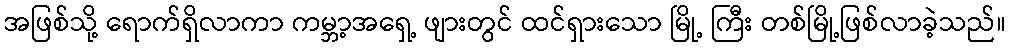
အဖြစ်သို့ ရောက်ရှိလာကာ ကမ္ဘာ့အရှေ့ ဖျားတွင် ထင်ရှားသော မြို့ ကြီး တစ်မြို့ဖြစ်လာခဲ့သည်။